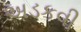
અડકવી